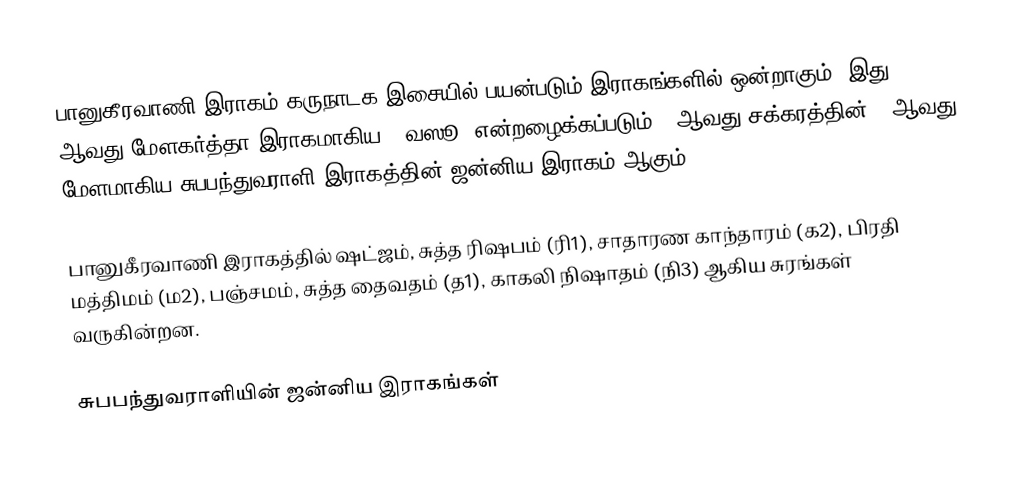
பானுகீரவாணி இராகம் கருநாடக இசையில் பயன்படும் இராகங்களில் ஒன்றாகும். இது 45 ஆவது மேளகர்த்தா இராகமாகிய, "வஸூ" என்றழைக்கப்படும் 7 ஆவது சக்கரத்தின் 3 ஆவது மேளமாகிய சுபபந்துவராளி இராகத்தின் ஜன்னிய இராகம் ஆகும்.

பானுகீரவாணி இராகத்தில் ஷட்ஜம், சுத்த ரிஷபம் (ரி1),  சாதாரண காந்தாரம் (க2), பிரதி மத்திமம் (ம2), பஞ்சமம், சுத்த தைவதம் (த1), காகலி நிஷாதம்  (நி3) ஆகிய சுரங்கள் வருகின்றன.

சுபபந்துவராளியின் ஜன்னிய இராகங்கள்